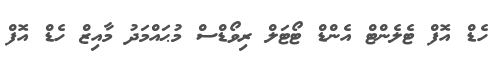
ހެޑް އޮފް ޓެލެންޓް އެންޑް ޓޯޓަލް ރިވޯޑްސް މުޙައްމަދު މާއިޒް ހެޑް އޮފް